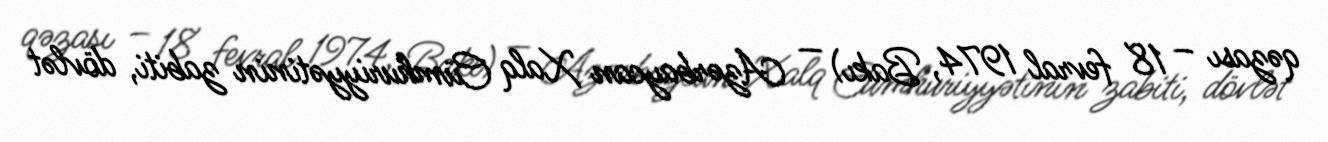
qəzası – 18 fevral 1974, Bakı) — Azərbaycan Xalq Cümhuriyyətinin zabiti, dövlət